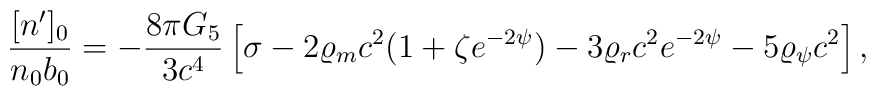
{{[n^{\prime}]_0}\over{n_0b_0}}=-{{8\pi G_5}\over{3c^4}}\left[\sigma-2\varrho_mc^2(1+\zeta e^{-2\psi})-3\varrho_rc^2e^{-2\psi}-5\varrho_{\psi}c^2\right],